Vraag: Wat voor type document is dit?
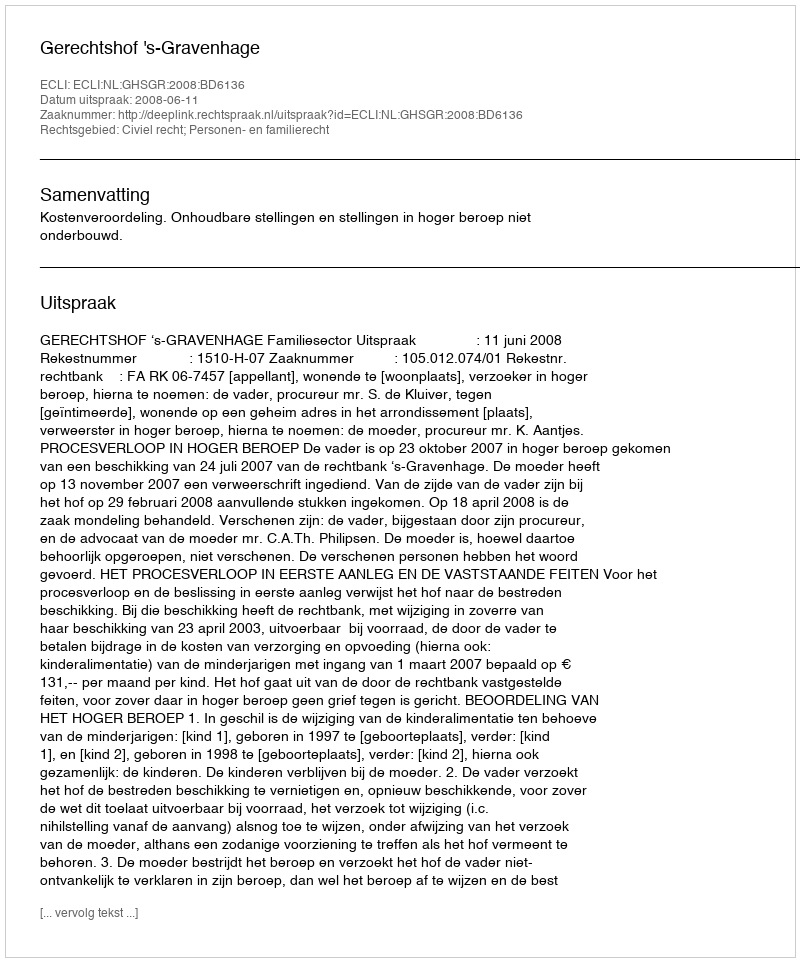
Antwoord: Uitspraak